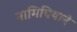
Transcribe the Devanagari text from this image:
नामिबियाने